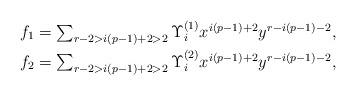
LaTeX: \begin{align*}f_1 & \textstyle = \sum_{r - 2 > i(p-1) + 2 > 2} \Upsilon_i^{(1)} x^{i(p-1)+2}y^{r-i(p-1)-2},\\f_2 & \textstyle = \sum_{r - 2 > i(p-1) + 2 > 2} \Upsilon_i^{(2)} x^{i(p-1)+2}y^{r-i(p-1)-2},\end{align*}